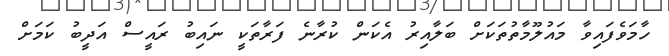
ހާމަވެފައިވާ މައުލޫމާތުތަކަށް ބަލާއިރު އެކަން ކުރާނެ ފަރާތަކީ ނައިބު ރައީސް އަދީބު ކަމަށް